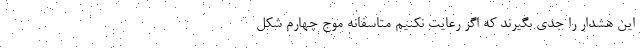
این هشدار را جدی بگیرند که اگر رعایت نکنیم متاسفانه موج چهارم شکل